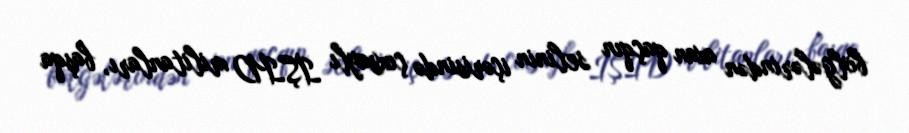
bölgələrindən axan qaçqın selinin içərisində çoxsaylı İŞİD militanları, başqa